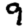
Digit: 9